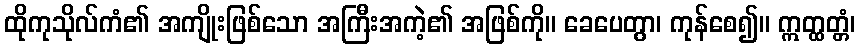
ထိုကုသိုလ်ကံ၏ အကျိုးဖြစ်သော အကြီးအကဲ့၏ အဖြစ်ကို။ ခေပေတွာ၊ ကုန်စေ၍။ ဣတ္ထတ္တံ၊